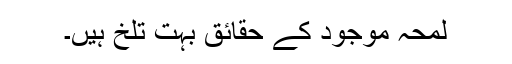
لمحہ موجود کے حقائق بہت تلخ ہیں۔